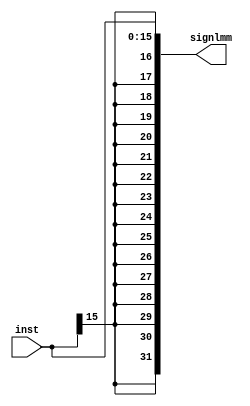
module sign_extend (
  input wire [15:0] inst, 
  output wire [31:0] signlmm
  );
  
  assign signlmm = {{16 {inst[15]}} , inst[15:0]};
endmodule